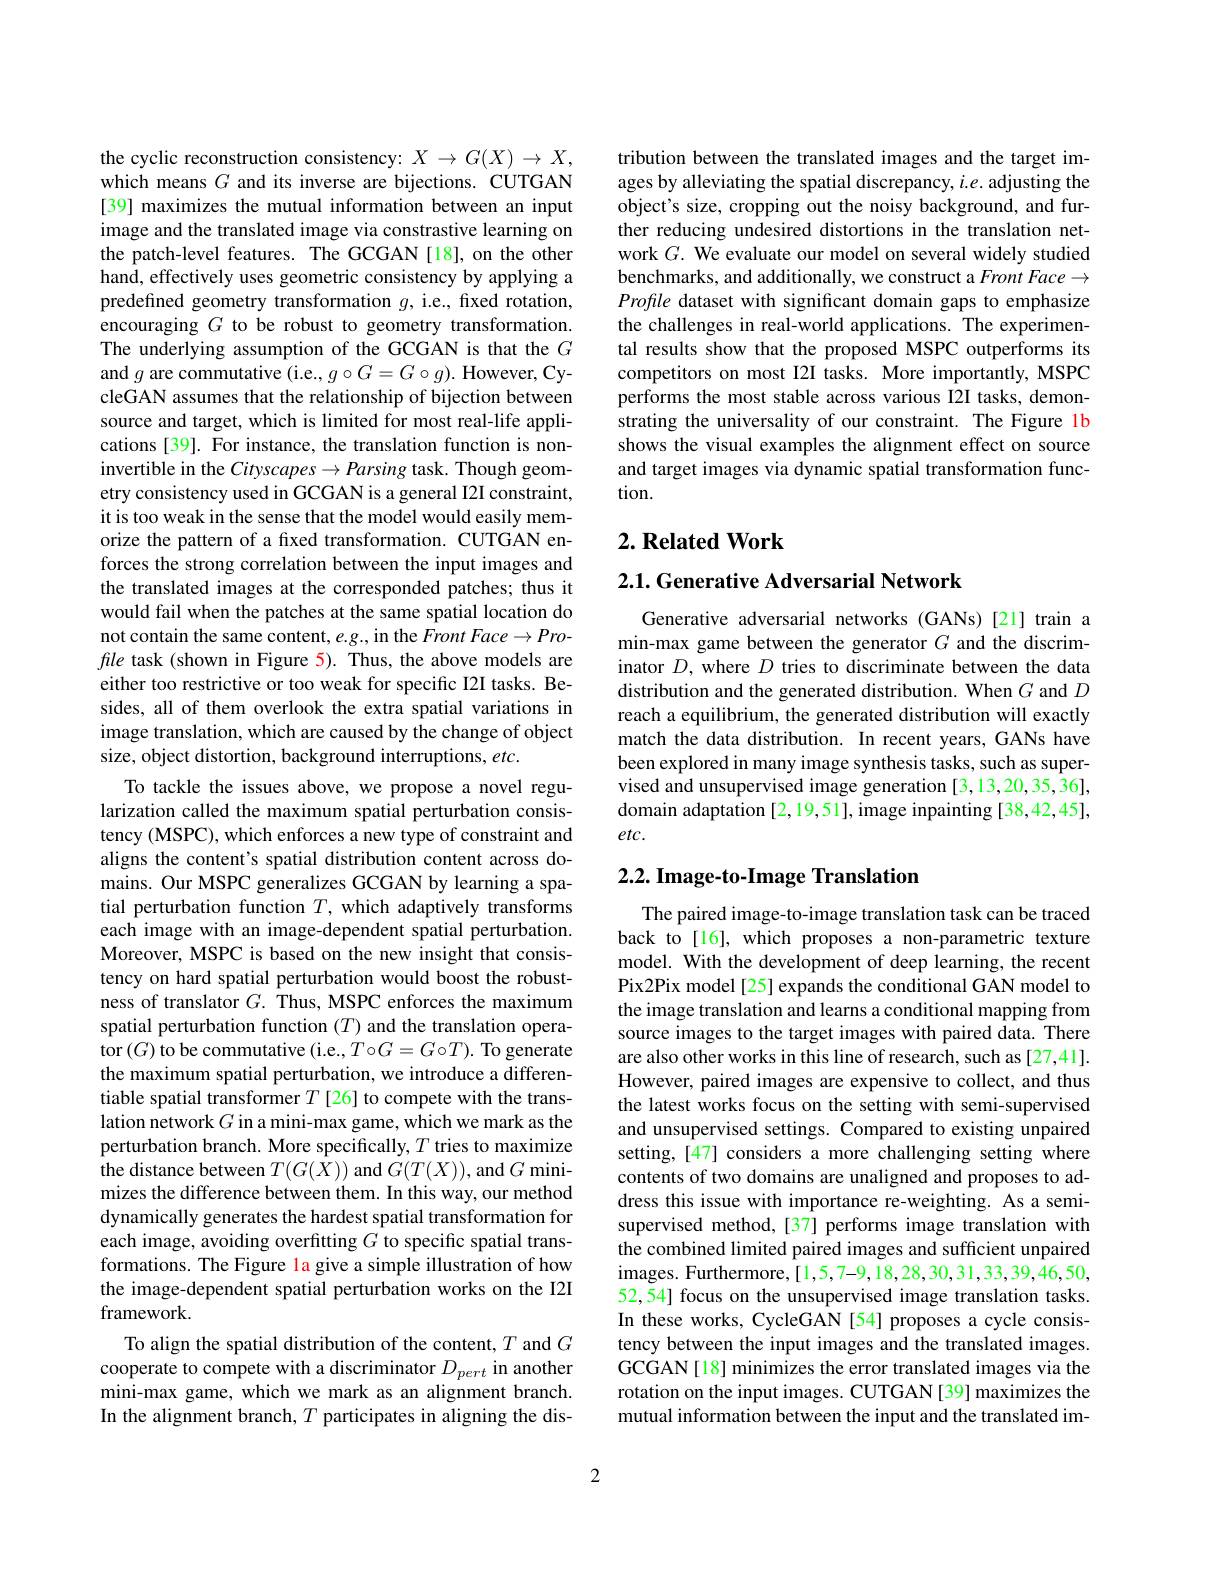
the cyclic reconstruction consistency: $X\to G(X)\to X$, which means $G$ and its inverse are bijections. CUTGAN [39] maximizes the mutual information between an input image and the translated image via constrastive learning on the patch-level features. The GCGAN[18], on the other hand, effectively uses geometric consistency by applying a predefined geometry transformation $g$, i.e., fixed rotation, encouraging $G$ to be robust to geometry transformation. The underlying assumption of the GCGAN is that the $G$ and $g$ are commutative (i.e., $g\circ G=G\circ g).$ However, CycleGAN assumes that the relationship of bijection between source and target, which is limited for most real-life applications [39]. For instance, the translation function is noninvertible in the Cityscapes $\to Parsing$ task. Though geometry consistency used in GCGAN is a general I2I constraint, it is too weak in the sense that the model would easily memorize the pattern of a fixed transformation. CUTGAN enforces the strong correlation between the input images and the translated images at the corresponded patches; thus it would fail when the patches at the same spatial location do not contain the same content, e.g., in the Front Face - fle task (shown in Figure 5). Thus, the above models are either too restrictive or too weak for specific I2I tasks. Besides, all of them overlook the extra spatial variations in image translation, which are caused by the change of object size, object distortion, background interruptions, etc.
To tackle the issues above, we propose a novel regularization called the maximum spatial perturbation consis-

tency (MSPC), which enforces a new type of constraint and aligns the content's spatial distribution content across domains. Our MSPC generalizes GCGAN by learning a spatial perturbation function $T$, which adaptively transforms each image with an image-dependent spatial perturbation. Moreover, MSPC is based on the new insight that consistency on hard spatial perturbation would boost the robustness of translator $G.$ Thus, MSPC enforces the maximum spatial perturbation function $(T)$ and the translation operator $(G)$ to be commutative (i.e., To$G=G\circ T).$ To generate the maximum spatial perturbation, we introduce a differentiable spatial transformer $T$ [26] to compete with the translation network $G$ in a mini-max game, which we mark as the perturbation branch. More specifically, $T$ tries to maximize the distance between $T(G(X))$ and $G(T(X))$, and $G$ minimizes the difference between them. In this way, our method dynamically generates the hardest spatial transformation for each image, avoiding overfitting $G$ to specific spatial transformations. The Figure la give a simple illustration of how the image-dependent spatial perturbation works on the I2I framework.
To align the spatial distribution of the content, $T$ and $G$ cooperate to compete with a discriminator $D_{pert}$ in another mini-max game, which we mark as an alignment branch. In the alignment branch, $T$ participates in aligning the dis-

tribution between the translated images and the target images by alleviating the spatial discrepancy, $i.e.$ adjusting the object's size, cropping out the noisy background, and further reducing undesired distortions in the translation network $G.$ We evaluate our model on several widely studied benchmarks, and additionally, we construct a $FrontFace\to$ Profile dataset with significant domain gaps to emphasize the challenges in real-world applications. The experimental results show that the proposed MSPC outperforms its competitors on most I2I tasks. More importantly, MSPC performs the most stable across various I2I tasks, demonstrating the universality of our constraint. The Figure 1b shows the visual examples the alignment effect on source and target images via dynamic spatial transformation function.

## $2. \textbf{Related Work}$

2.1. Generative Adversarial Network

Generative adversarial networks (GANs)[21] train a min-max game between the generator $G$ and the discriminator $D$, where $D$ tries to discriminate between the data distribution and the generated distribution. When $G$ and $D$ reach a equilibrium, the generated distribution will exactly match the data distribution. In recent years, GANs have been explored in many image synthesis tasks, such as supervised and unsupervised image generation [3,13,20,35,36], domain adaptation [2,19,51], image inpainting [38,42,45], $etc.$

## 2.2. Image-to-Image Translation

The paired image-to-image translation task can be traced back to[16], which proposes a non-parametric texture model. With the development of deep learning, the recent Pix2Pix model[25] expands the conditional GAN model to the image translation and learns a conditional mapping from source images to the target images with paired data. There are also other works in this line of research, such as [27,41]. However, paired images are expensive to collect, and thus the latest works focus on the setting with semi-supervised and unsupervised settings. Compared to existing unpaired setting, [47] considers a more challenging setting where contents of two domains are unaligned and proposes to address this issue with importance re-weighting. As a semisupervised method,[37] performs image translation with the combined limited paired images and sufficient unpaired images. Furthermore,[1,5,7-9,18,28,30,31,33,39,46,50, 52,54] focus on the unsupervised image translation tasks. In these works, CycleGAN [54] proposes a cycle consistency between the input images and the translated images. GCGAN[18] minimizes the error translated images via the rotation on the input images. CUTGAN [39] maximizes the mutual information between the input and the translated im-

2